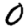
Digit: 0